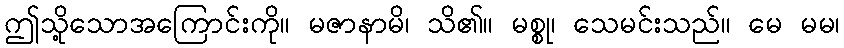
ဤသို့သောအကြောင်းကို။ မဇာနာမိ၊ သိ၏။ မစ္စု၊ သေမင်းသည်။ မေ မမ၊